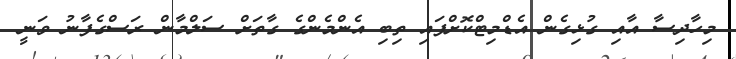
މިހާދިސާ އާއި ގުޅިގެން އެޑްމިޓްކޮށްފައި ތިބި އެންމެންގެ ގާތަށް ސަލްމާން ރަސްގެފާނު ވަނީ